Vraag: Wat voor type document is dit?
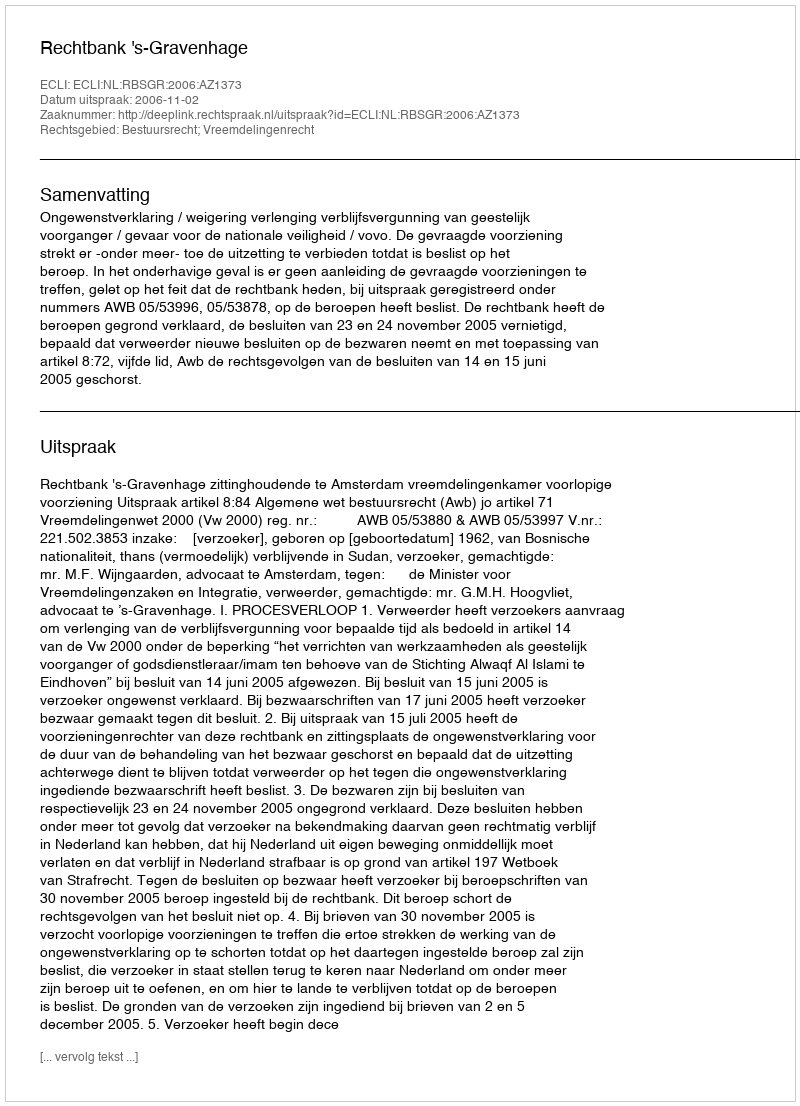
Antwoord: Uitspraak